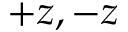
+ z , - z